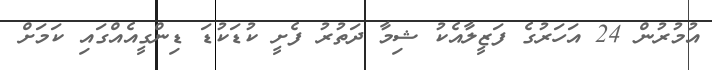
އުމުރުން 24 އަހަރުގެ ފަޒީލާއެކު ޝިމާ ދަތުރު ފެށީ ކުޑަކުޑަ ޑިންގީއެއްގައި ކަމަށް